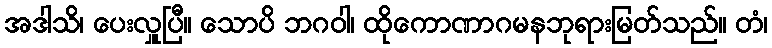
အဒါသိ၊ ပေးလှူပြီ။ သောပိ ဘဂဝါ၊ ထိုကောဏာဂမနဘုရားမြတ်သည်။ တံ၊